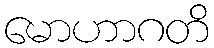
မောဟာဂတိ